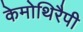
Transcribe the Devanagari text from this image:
केमोथिरैपी